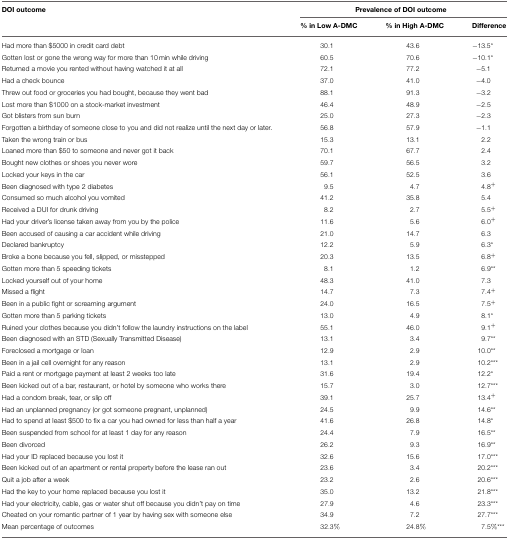
<table><thead><tr><td><b>DOI outcome</b></td><td colspan="3"><b>Prevalence of DOI outcome</b></td></tr><tr><td></td><td><b>% in Low A-DMC</b></td><td><b>% in High A-DMC</b></td><td><b>Difference</b></td></tr></thead><tbody><tr><td>Had more than $5000 in credit card debt</td><td>30.1</td><td>43.6</td><td>−13.5<sup>*</sup></td></tr><tr><td>Gotten lost or gone the wrong way for more than 10 min while driving</td><td>60.5</td><td>70.6</td><td>−10.1<sup>*</sup></td></tr><tr><td>Returned a movie you rented without having watched it at all</td><td>72.1</td><td>77.2</td><td>−5.1</td></tr><tr><td>Had a check bounce</td><td>37.0</td><td>41.0</td><td>−4.0</td></tr><tr><td>Threw out food or groceries you had bought, because they went bad</td><td>88.1</td><td>91.3</td><td>−3.2</td></tr><tr><td>Lost more than $1000 on a stock-market investment</td><td>46.4</td><td>48.9</td><td>−2.5</td></tr><tr><td>Got blisters from sun burn</td><td>25.0</td><td>27.3</td><td>−2.3</td></tr><tr><td>Forgotten a birthday of someone close to you and did not realize until the next day or later.</td><td>56.8</td><td>57.9</td><td>−1.1</td></tr><tr><td>Taken the wrong train or bus</td><td>15.3</td><td>13.1</td><td>2.2</td></tr><tr><td>Loaned more than $50 to someone and never got it back</td><td>70.1</td><td>67.7</td><td>2.4</td></tr><tr><td>Bought new clothes or shoes you never wore</td><td>59.7</td><td>56.5</td><td>3.2</td></tr><tr><td>Locked your keys in the car</td><td>56.1</td><td>52.5</td><td>3.6</td></tr><tr><td>Been diagnosed with type 2 diabetes</td><td>9.5</td><td>4.7</td><td>4.8<sup>+</sup></td></tr><tr><td>Consumed so much alcohol you vomited</td><td>41.2</td><td>35.8</td><td>5.4</td></tr><tr><td>Received a DUI for drunk driving</td><td>8.2</td><td>2.7</td><td>5.5<sup>+</sup></td></tr><tr><td>Had your driver&#x27;s license taken away from you by the police</td><td>11.6</td><td>5.6</td><td>6.0<sup>+</sup></td></tr><tr><td>Been accused of causing a car accident while driving</td><td>21.0</td><td>14.7</td><td>6.3</td></tr><tr><td>Declared bankruptcy</td><td>12.2</td><td>5.9</td><td>6.3<sup>*</sup></td></tr><tr><td>Broke a bone because you fell, slipped, or misstepped</td><td>20.3</td><td>13.5</td><td>6.8<sup>+</sup></td></tr><tr><td>Gotten more than 5 speeding tickets</td><td>8.1</td><td>1.2</td><td>6.9<sup>**</sup></td></tr><tr><td>Locked yourself out of your home</td><td>48.3</td><td>41.0</td><td>7.3</td></tr><tr><td>Missed a flight</td><td>14.7</td><td>7.3</td><td>7.4<sup>+</sup></td></tr><tr><td>Been in a public fight or screaming argument</td><td>24.0</td><td>16.5</td><td>7.5<sup>+</sup></td></tr><tr><td>Gotten more than 5 parking tickets</td><td>13.0</td><td>4.9</td><td>8.1<sup>*</sup></td></tr><tr><td>Ruined your clothes because you didn&#x27;t follow the laundry instructions on the label</td><td>55.1</td><td>46.0</td><td>9.1<sup>+</sup></td></tr><tr><td>Been diagnosed with an STD (Sexually Transmitted Disease)</td><td>13.1</td><td>3.4</td><td>9.7<sup>**</sup></td></tr><tr><td>Foreclosed a mortgage or loan</td><td>12.9</td><td>2.9</td><td>10.0<sup>**</sup></td></tr><tr><td>Been in a jail cell overnight for any reason</td><td>13.1</td><td>2.9</td><td>10.2<sup>***</sup></td></tr><tr><td>Paid a rent or mortgage payment at least 2 weeks too late</td><td>31.6</td><td>19.4</td><td>12.2<sup>*</sup></td></tr><tr><td>Been kicked out of a bar, restaurant, or hotel by someone who works there</td><td>15.7</td><td>3.0</td><td>12.7<sup>***</sup></td></tr><tr><td>Had a condom break, tear, or slip off</td><td>39.1</td><td>25.7</td><td>13.4<sup>+</sup></td></tr><tr><td>Had an unplanned pregnancy (or got someone pregnant, unplanned)</td><td>24.5</td><td>9.9</td><td>14.6<sup>**</sup></td></tr><tr><td>Had to spend at least $500 to fix a car you had owned for less than half a year</td><td>41.6</td><td>26.8</td><td>14.8<sup>*</sup></td></tr><tr><td>Been suspended from school for at least 1 day for any reason</td><td>24.4</td><td>7.9</td><td>16.5<sup>**</sup></td></tr><tr><td>Been divorced</td><td>26.2</td><td>9.3</td><td>16.9<sup>**</sup></td></tr><tr><td>Had your ID replaced because you lost it</td><td>32.6</td><td>15.6</td><td>17.0<sup>***</sup></td></tr><tr><td>Been kicked out of an apartment or rental property before the lease ran out</td><td>23.6</td><td>3.4</td><td>20.2<sup>***</sup></td></tr><tr><td>Quit a job after a week</td><td>23.2</td><td>2.6</td><td>20.6<sup>***</sup></td></tr><tr><td>Had the key to your home replaced because you lost it</td><td>35.0</td><td>13.2</td><td>21.8<sup>***</sup></td></tr><tr><td>Had your electricity, cable, gas or water shut off because you didn&#x27;t pay on time</td><td>27.9</td><td>4.6</td><td>23.3<sup>***</sup></td></tr><tr><td>Cheated on your romantic partner of 1 year by having sex with someone else</td><td>34.9</td><td>7.2</td><td>27.7<sup>***</sup></td></tr><tr><td>Mean percentage of outcomes</td><td>32.3%</td><td>24.8%</td><td>7.5%<sup>***</sup></td></tr></tbody></table>